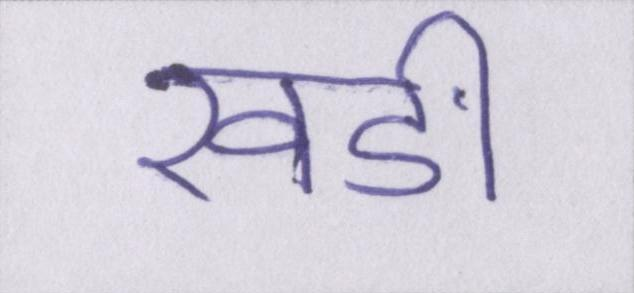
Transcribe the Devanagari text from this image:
खङी